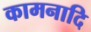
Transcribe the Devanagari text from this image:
कामनादि